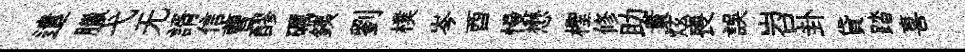
遣臘弋无諝信曹醪礪銕劉樸岑酉慢懋檉修助貴炫喪誤岧卦貸踏喜